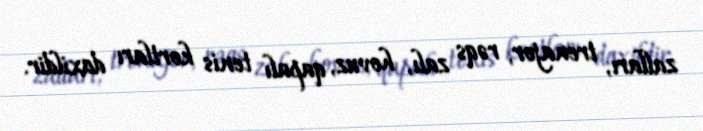
zalları, trenajor, rəqs zalı, hovuz, qapalı tenis kortları daxildir.